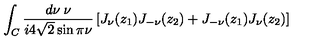
\int _ { C } \frac { d \nu \: \nu } { i 4 \sqrt { 2 } \sin \pi \nu } \left[ J _ { \nu } ( z _ { 1 } ) J _ { - \nu } ( z _ { 2 } ) + J _ { - \nu } ( z _ { 1 } ) J _ { \nu } ( z _ { 2 } ) \right]